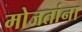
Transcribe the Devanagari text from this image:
मोजतांना